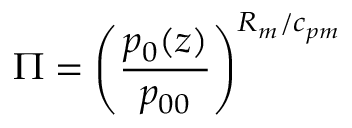
\Pi = \left( \frac { p _ { 0 } ( z ) } { p _ { 0 0 } } \right) ^ { R _ { m } / c _ { p m } }